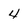
Character: 4